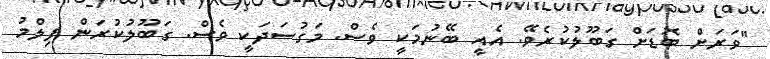
"ވަރަށް ބޮޑަށް ގަބޫލުކުރެވޭ. އެއީ ބޭނުމަކީ ވެސް. މަގުސަދަކީ ވެސް. ގަބޫލުކުރަން ފިލްމު